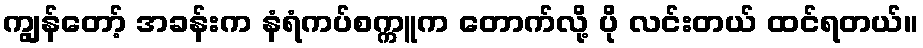
ကျွန်တော့် အခန်းက နံရံကပ်စက္ကူက တောက်လို့ ပို လင်းတယ် ထင်ရတယ်။